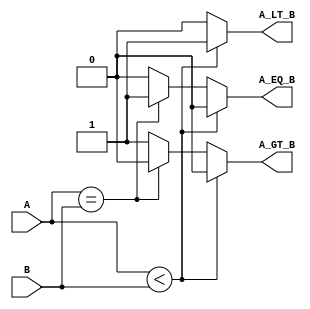
module ParameterizedComparator #(
    parameter WIDTH = 8  // Default width is set to 8 bits
)(
    input  wire [WIDTH-1:0] A,   // First operand
    input  wire [WIDTH-1:0] B,   // Second operand
    output reg  A_LT_B,           // Output: A < B
    output reg  A_EQ_B,           // Output: A == B
    output reg  A_GT_B            // Output: A > B
);

    // Combinational logic to compare A and B
    always @(*) begin
        // Default values
        A_LT_B = 0;
        A_EQ_B = 0;
        A_GT_B = 0;

        // Compare values
        if (A < B) begin
            A_LT_B = 1;
        end else if (A == B) begin
            A_EQ_B = 1;
        end else begin
            A_GT_B = 1;
        end
    end

endmodule